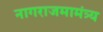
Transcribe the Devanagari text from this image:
नागराजमामंत्र्य